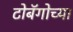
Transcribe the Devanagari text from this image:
टोबॅगोच्या